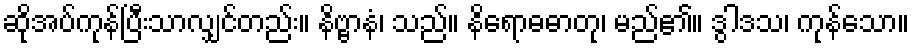
ဆိုအပ်ကုန်ပြီးသာလျှင်တည်း။ နိဗ္ဗာနံ၊ သည်။ နိရောဓဓာတု၊ မည်၏။ ဒွါဒသ၊ ကုန်သော။